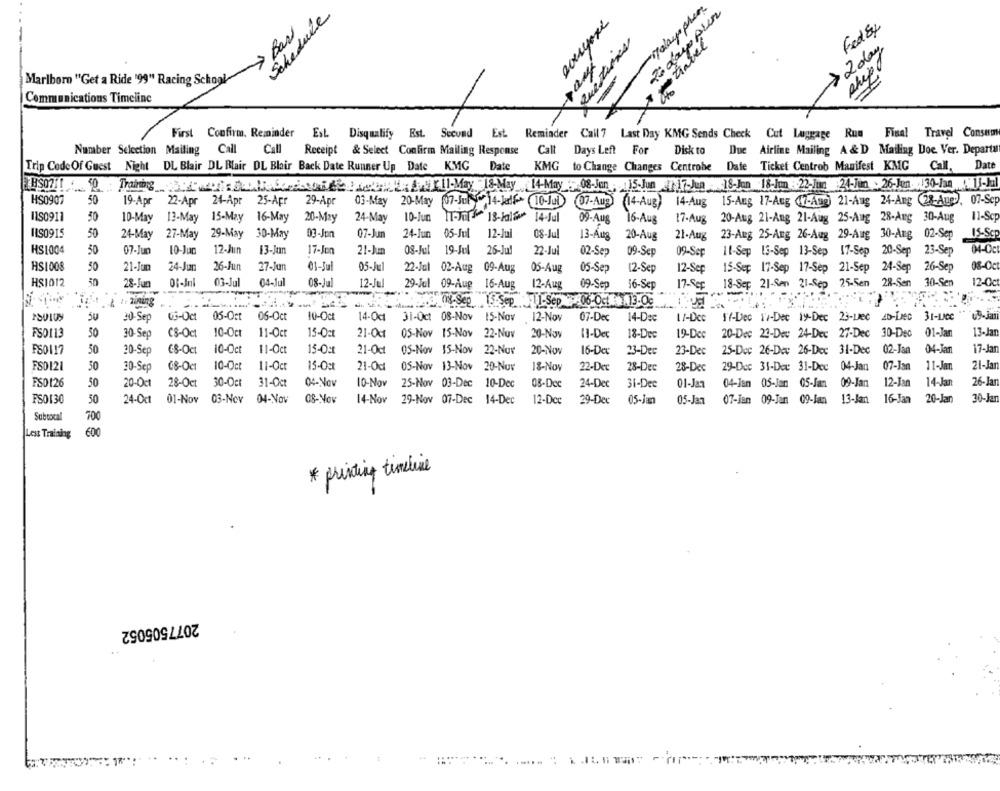
To dayo pier
Schedule
> Basi
Fedby
questions
travel
> 2 days
vervodroplem
phipo
Marlboro "Get a Ride '99" Racing School
Communications Timeline
First Confirm. Reminder
EsL Disqualify Est. Second Est. Reminder Call 7 Last Day KMG Sends Check
Cut Luggage Rum
Final Travel Consum
Number Selection Mailing Call
Call
Receipt & Select Confirm Mailing Response
Call Days Left For
Disk to
Due Airline Mailing A & D Mailing Doe. Ver. Departa
KMG
Date
KMG
to Change Changes Centrobe Date Ticket Centrob Manifest KMG
Trip Code Of Guest Night DL Blair DL Blair DL Blair Back Date Runner Up Date
Call, Date
14-May - 08-Jan . 15-Jun 17-Jun 18-Jan 18-Jon : 22-jun 24-Jun - 26-Jun. 130-Jan ( 1)-Jal
HS0907
50
19-Apr
22-Apr
24-Apr
25-Apr
29-Apr
03-May
20-May
14-Jadlf> 10-Jul 07-Aug (14-Aug) 14-Aug
15-Aug 17-Aug (17-Aug) 21-Aug 24-Ang (28-Aue), 07-Scp
15-Aug 17-Aug (17-Aug)
IIS0911
50
10-May
13-May
15-May
16-May
20-May
24-May
10-Jun
14.Jul
09-Aug
16-Aug
17.Aug
20-Aug 21-Ang 21-Aug
25-Aug
28-Aug 30-Aug
11-Scp
ILS0915
50
24-May
27-May
29-May
30-May
03-Jon
07-Jun
24-Jun
05-Jul
12-Jul
08-Jul
13-Aug
20-Aug
21-Aug
23-Aug 25-Aug 26-Aug 29-Aug 30-Aug 02-Sep
15-Scp
HS1004
50
07-Jun
10-Juc
12-Jun
13-Jun
17-Jon
21-Jum
19-Jul
26-Jul
22-Jul
02-Sep
09-Sep
09-Sep
Il-Sep 13-Sep 13-Sep
17-Sep 20-Sep
23-Sep
04-Oct
HS1008
50
21-Jun
24-Jun
26-Jun
27-Jun
01-Jul
05-Jul
22-Jul 02-Aug
09-Aux
05-Aug
05-Sep
12-Sep
12-Sep
15-Sep 17-Sep 17-Sep 21-Sep 24-Sep
24-Sep
26-Sep
08-Oct
HS1012
50
28-Jun
Of-Jul
03-Jul
04-Jul
08-Jul
12-Jul
29-Jul 09-Aug
16-Aug
12-Aug
09-Sep
17-Sep
18-Sep 21-Sen 21-Sep 25-5en 28-Sen 30-Sen
12-Oct
16-Sep
-
1-Sep 15:Sep -Sep -06-Oct 13.0℃
50
05-Oct
05-Oct
06-Oct
10-Oct
14-Oct
11-Dce
17-Dec 17-Dec iy-Dec 23-Lec 2b-Lec 31-Lee
30 Sep
31-Oct 08-Nov
15-Nov
12-Nov
07-Dec
14-Dec
50
10-Oct
11-Oct
15-Oct
OS-Nov 15-Nov
20-Dec 23-Dev 24-Dec 27-Dec 30-Dec
01-Jan
13-Jan
FSDI13
30-Sep
(8-Oct
21-Oct
22-Nuv
20-Nov
11-Dec
18-Dec
19-Dcc
50
10-Oct
15-0:1
02-Jan
04-Jar
17-Jan
30-Sep
€8-Oct
11-Oct
21-Oct
OS-Nov 15-Nov
22-Nur
20-Nov
16-Des
23-Dec
23-Dec
25-Dec 26-Dee 26-Dec 31-Dec
21-Jan
FS012
50
30-Sep
08-0a
10-Oct
11-Oct
15-Oct
21-0cl
OS-Nov 13-Nov 20-Nov
18-Nov
22-Dec
28-Dec
28-Dec
29-Dec 31-Dec 31-Dec 04-Jan
07-Jan
11-Jan
26-Jan
FS0126
50
20-Oct
28-Oct
30-Oct
31-Oct
04-Nov
10-Nov
25-Nov 03-Dec 10-Dec
08-Dee
24-Dec
31-Dec
01-Jan
04-Jan 05-Jan 05-Jan
09-Jan
12-Jan
14-Jan
PSO130
50
24-Oct
01-Nov
03-Nov
04-NOV
OS-Nov
14-Nov
29-Nov 07-Dec 14-Dec
12-Dec
29-Dec
05-Ja
05-Jan
07-Jan 09-Jan 09-Jan
13-Jan 16-Jan
16-Jan
20-Jar
30-Jar
Subtotal
700
Less Training
600
* printing timeline
2077505052
..